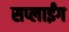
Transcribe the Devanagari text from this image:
सप्लाईंग